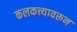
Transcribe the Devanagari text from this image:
कलकत्त्यावरून